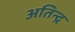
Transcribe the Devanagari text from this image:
अतिन्द्र